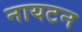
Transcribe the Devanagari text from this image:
नायटन